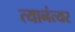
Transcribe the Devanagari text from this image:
त्यानंत्यर